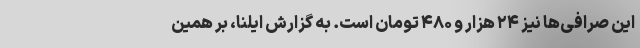
این صرافی‌ها نیز ۲۴ هزار و ۴۸۰ تومان است. به گزارش ایلنا، بر همین‌